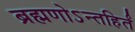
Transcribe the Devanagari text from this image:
ब्रह्मणोऽन्तहिर्तं